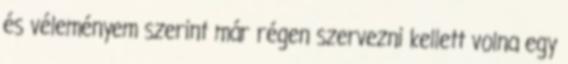
és véleményem szerint már régen szervezni kellett volna egy